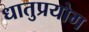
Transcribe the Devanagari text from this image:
धातुप्रयोग